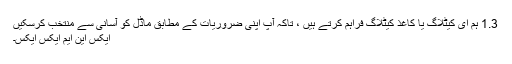
1.3 ہم ای کیٹلاگ یا کاغذ کیٹلاگ فراہم کرتے ہیں ، تاکہ آپ اپنی ضروریات کے مطابق ماڈل کو آسانی سے منتخب کرسکیں
ایکس این ایم ایکس ایکس۔